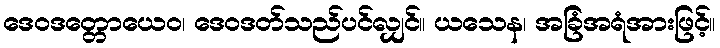
ဒေဝဒတ္တောယေဝ၊ ဒေဝဒတ်သည်ပင်လျှင်။ ယသေန၊ အခြံအရံအားဖြင့်။